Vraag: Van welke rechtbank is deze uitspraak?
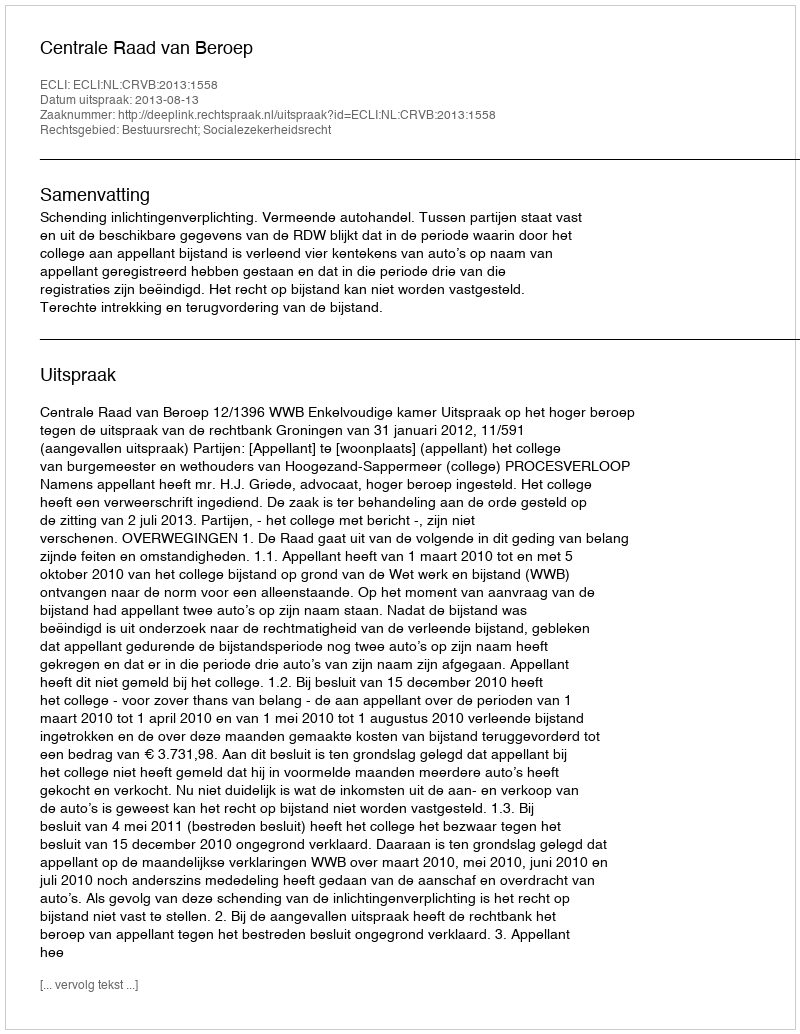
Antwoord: Centrale Raad van Beroep